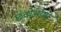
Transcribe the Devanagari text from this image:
छंदोभाषा